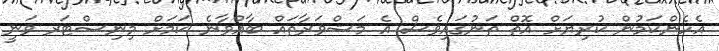
އެހެންކަމުން ކުރިޔަށް އޮތް ތަނުގައިވެސް އެ މަޝްވަރާތައް ބާއްވާނެ ކަމަށް މިނިސްޓަރ ވަނީ